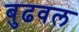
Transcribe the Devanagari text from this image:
बुढवल